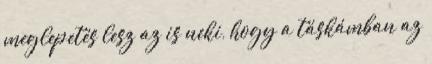
meglepetés lesz az is neki, hogy a táskámban az